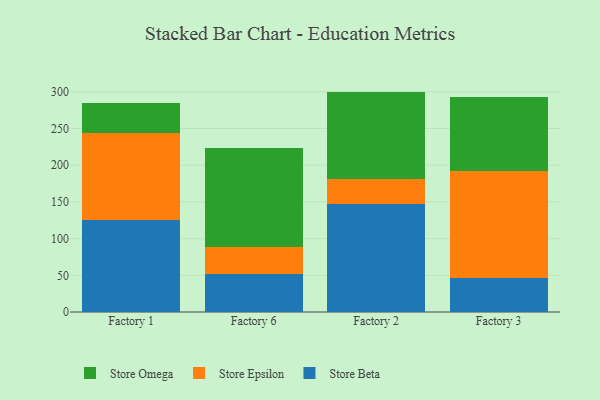
{"axis": {"x": "Factory", "y": "Tickets Resolved"}, "legend": ["Store Beta", "Store Epsilon", "Store Omega"], "data": [{"x": "Factory 1", "y": 125.5, "type": "Store Beta"}, {"x": "Factory 1", "y": 118.3, "type": "Store Epsilon"}, {"x": "Factory 1", "y": 40.4, "type": "Store Omega"}, {"x": "Factory 6", "y": 51.4, "type": "Store Beta"}, {"x": "Factory 6", "y": 36.7, "type": "Store Epsilon"}, {"x": "Factory 6", "y": 134.9, "type": "Store Omega"}, {"x": "Factory 2", "y": 147.7, "type": "Store Beta"}, {"x": "Factory 2", "y": 33.0, "type": "Store Epsilon"}, {"x": "Factory 2", "y": 119.6, "type": "Store Omega"}, {"x": "Factory 3", "y": 46.7, "type": "Store Beta"}, {"x": "Factory 3", "y": 145.6, "type": "Store Epsilon"}, {"x": "Factory 3", "y": 101.3, "type": "Store Omega"}]}